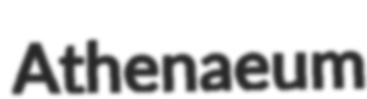
Athenaeum